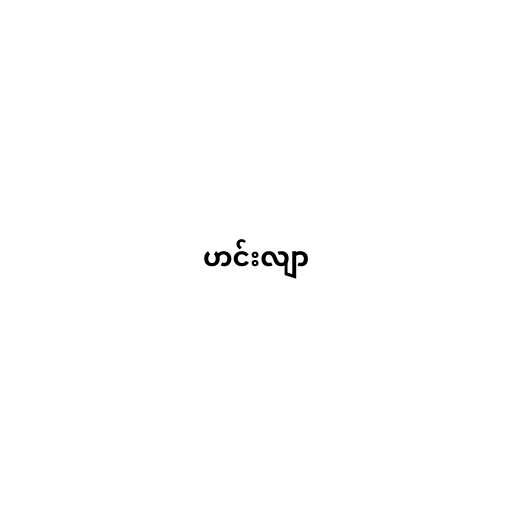
ဟင်းလျာ